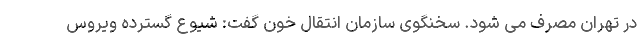
در تهران مصرف می شود. سخنگوی سازمان انتقال خون گفت: شیوع گسترده ویروس